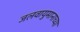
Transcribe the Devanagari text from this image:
जलवायुमानाच्या